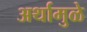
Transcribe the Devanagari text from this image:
अर्थामुळे